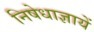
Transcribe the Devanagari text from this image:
निषेधाज्ञायें